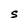
Character: S